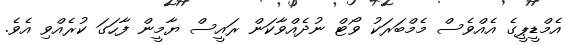
އެމްޑީޕީގެ އެއްވެސް މެމްބަރަކު ވޯޓް ނުދެއްވާކަން ރައީސް ޔާމީން ފާހަގަ ކުރެއްވި އެވެ.